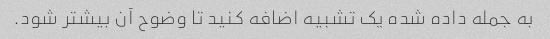
به جمله داده شده یک تشبیه اضافه کنید تا وضوح آن بیشتر شود.